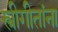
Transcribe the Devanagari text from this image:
स्त्रीगीतांना